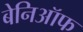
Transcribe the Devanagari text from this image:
बेनिऑफ